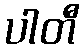
ပါတီ